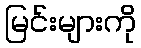
မြင်းများကို